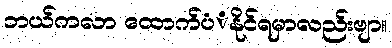
ဘယ်ကလာ ထောက်ပံံနိုင်ရမှာလည်းဗျာ။